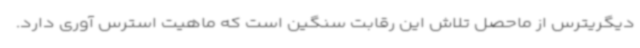
دیگریترس از ماحصل تلاش این رقابت سنگین است که ماهیت استرس آوری دارد.